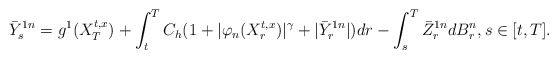
\begin{align*}\bar {Y}_s^{1n}=g^1(X_T^{t,x})+\int_t^T C_h(1+|\varphi_n(X_r^{t,x})|^\gamma + |\bar Y_r^{1n}|)dr -\int_s^T \bar Z_r^{1n} dB_r^n, s\in [t,T].\end{align*}